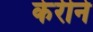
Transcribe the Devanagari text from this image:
केरीने